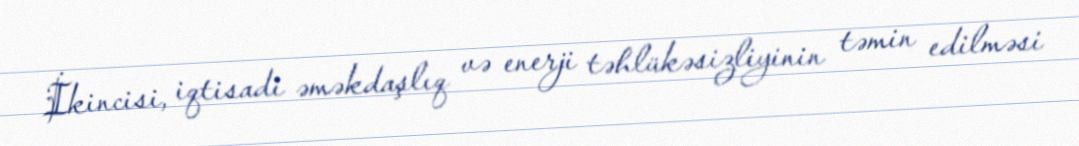
İkincisi, iqtisadi əməkdaşlıq və enerji təhlükəsizliyinin təmin edilməsi